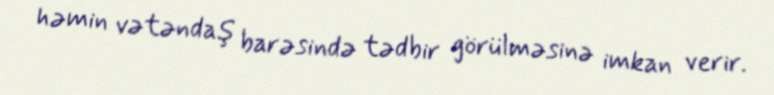
həmin vətəndaş barəsində tədbir görülməsinə imkan verir.